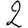
Digit: 2